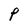
Character: P